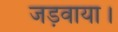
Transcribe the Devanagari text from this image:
जड़वाया।